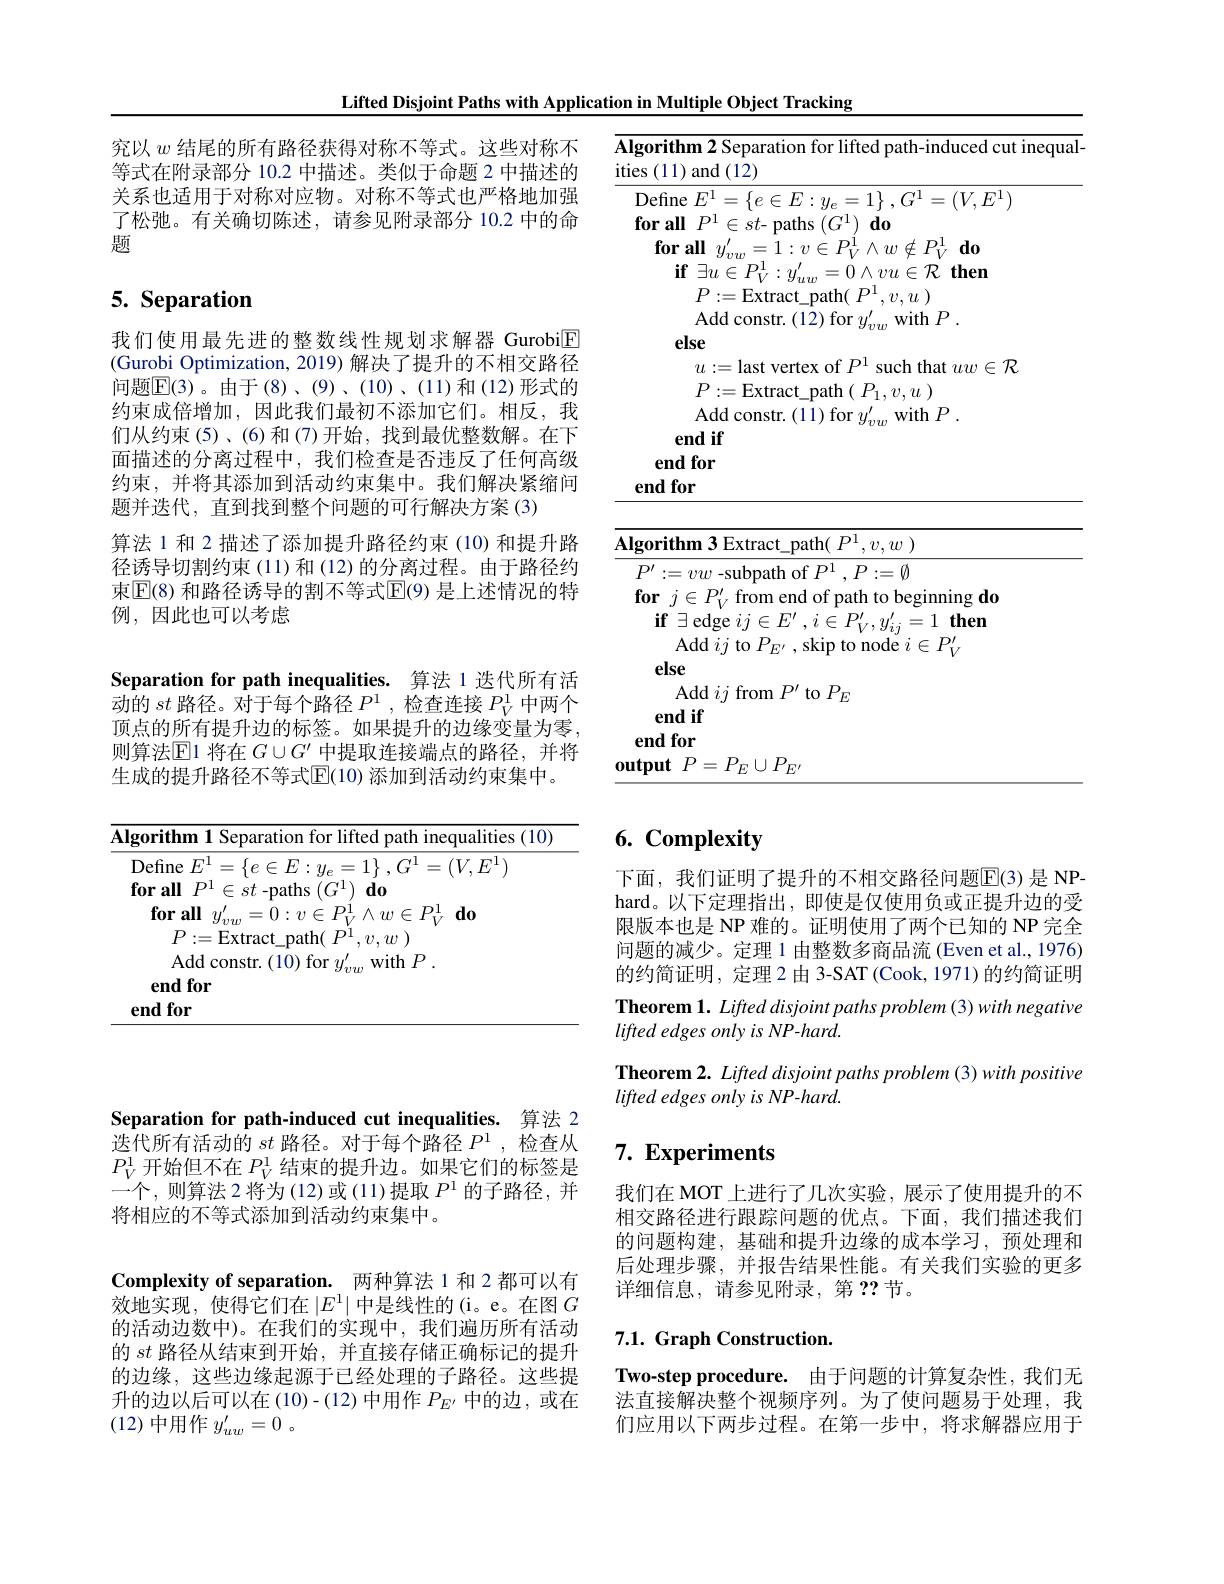
Lifted Disjoint Paths with Application in Multiple Object Tracking

究以$w$结尾的所有路径获得对称不等式。这些对称不等式在附录部分 10.2 中描述。类似于命题 2 中描述的关系也适用于对称对应物。对称不等式也严格地加强了松驰。有关确切陈述，请参见附录部分 10.2 中的命题

# 5. Separation

我们使用最先进的整数线性规划求解器 Gurobi$\boxed{\mathrm{E}}$ (Gurobi Optimization, 2019) 解决了提升的不相交路径问题$\boxed{\mathrm{E}}(3)$。由于(8)、(9)、(10)、(11)和(12)形式的约束成倍增加，因此我们最初不添加它们。相反，我们从约束(5)、(6)和(7)开始，找到最优整数解。在下面描述的分离过程中，我们检查是否违反了任何高级约束，并将其添加到活动约束集中。我们解决紧缩问题并迭代，直到找到整个问题的可行解决方案 (3)
算法 1 和 2 描述了添加提升路径约束 (10) 和提升路径诱导切割约束(11)和(12)的分离过程。由于路径约束$\boxed{\mathrm{F}}(8)$ 和路径诱导的割不等式$\boxed{\mathrm{E}}(9)$ 是上述情况的特例，因此也可以考虑
Separation for path inequalities. 算法 1 迭代所有活$\bar{\text{动的 }st\text{ 路径。对于每个路径 }P^{1}}$,检查连接 $P_V^{1}$ 中两个顶点的所有提升边的标签。如果提升的边缘变量为零， 则算法$\operatorname{E}$1 将在 $G\cup G^\prime$ 中提取连接端点的路径，并将

生成的提升路径不等式$\overline{\mathbb{E}}(10)$ 添加到活动约束集中。

<table>
	<tbody>
		<tr>
			<td>$\mathbf{Al}$</td>
			<td>$\textbf{hm 1 Separation for lifted path inequalities( 10) }$</td>
		</tr>
	</tbody>
</table>

<table>
	<tbody>
		<tr>
			<td>$A$ 11</td>
			<td>gorithm 2 Separation for lifted path-induced cut inequa s (11) and (12)</td>
		</tr>
	</tbody>
</table>

<table>
	<tbody>
		<tr>
			<td>$A$</td>
			<td>$\operatorname{ım}3\operatorname{Extract\_path}(~P^{1},v,w~)$</td>
		</tr>
		<tr>
			<td>01</td>
			<td>$P=P_{E}\cup P_{E^{\prime}}$</td>
		</tr>
	</tbody>
</table>

# 6. Complexity

下面，我们证明了提升的不相交路径问题$\overline{\mathbb{E}}(3)$ 是 NPhard。以下定理指出，即使是仅使用负或正提升边的受限版本也是 NP 难的。证明使用了两个已知的 NP 完全问题的减少。定理 1 由整数多商品流 (Even et al., 1976) 的约简证明，定理 2由 3-SAT (Cook, 1971) 的约简证明Theorem 1. Lifted disjoint paths problem (3) with negative lifted edges only is NP-hard.
Theorem 2. Lifted disjoint paths problem (3) with positive
lifted edges only is NP-hard.

## $7. \textbf{ Experiments}$

我们在 MOT 上进行了几次实验，展示了使用提升的不相交路径进行跟踪问题的优点。下面，我们描述我们的问题构建，基础和提升边缘的成本学习，预处理和后处理步骤，并报告结果性能。有关我们实验的更多详细信息，请参见附录，第？?节。

## $7. 1. \textbf{Graph Construction}.$

Two-step procedure. 由于问题的计算复杂性，我们无法直接解决整个视频序列。为了使问题易于处理，我们应用以下两步过程。在第一步中，将求解器应用于

Separation for path-induced cut inequalities. 算法 2

$\bar{\text{迭代所有活动的 }st\text{ 路径。对于每个路径 }P^1}$,检查从$P_V^1$开始但不在$P_V^1$结束的提升边。如果它们的标签是一个，则算法 2 将为(12)或(11)提取$P^{1}$的子路径，并将相应的不等式添加到活动约束集中。

Complexity of separation. 两种算法 1 和 2 都可以有效地实现，使得它们在$\left|E^1\right|$中是线性的(i。e。在图$G$ 的活动边数中)。在我们的实现中，我们遍历所有活动的$st$路径从结束到开始，并直接存储正确标记的提升的边缘，这些边缘起源于已经处理的子路径。这些提升的边以后可以在(10)-(12)中用作$P_E$'中的边，或在(12)中用作$y_uw^\prime=0$ 。